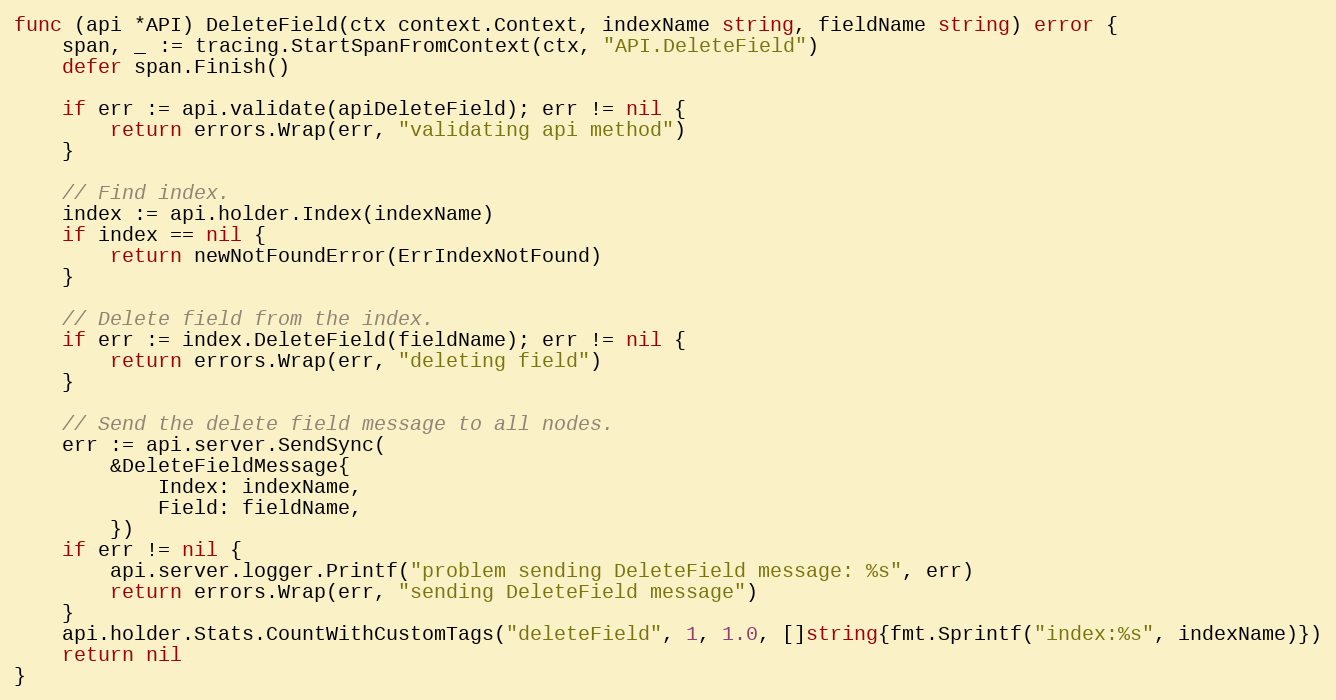
Language: Go
func (api *API) DeleteField(ctx context.Context, indexName string, fieldName string) error {
	span, _ := tracing.StartSpanFromContext(ctx, "API.DeleteField")
	defer span.Finish()

	if err := api.validate(apiDeleteField); err != nil {
		return errors.Wrap(err, "validating api method")
	}

	// Find index.
	index := api.holder.Index(indexName)
	if index == nil {
		return newNotFoundError(ErrIndexNotFound)
	}

	// Delete field from the index.
	if err := index.DeleteField(fieldName); err != nil {
		return errors.Wrap(err, "deleting field")
	}

	// Send the delete field message to all nodes.
	err := api.server.SendSync(
		&DeleteFieldMessage{
			Index: indexName,
			Field: fieldName,
		})
	if err != nil {
		api.server.logger.Printf("problem sending DeleteField message: %s", err)
		return errors.Wrap(err, "sending DeleteField message")
	}
	api.holder.Stats.CountWithCustomTags("deleteField", 1, 1.0, []string{fmt.Sprintf("index:%s", indexName)})
	return nil
}